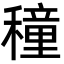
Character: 穜